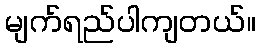
မျက်ရည်ပါကျတယ်။